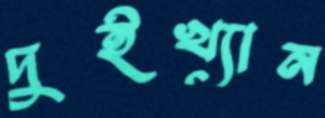
দুইখ্যান